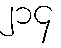
၂၁၄